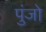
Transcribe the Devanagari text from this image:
पुंजो